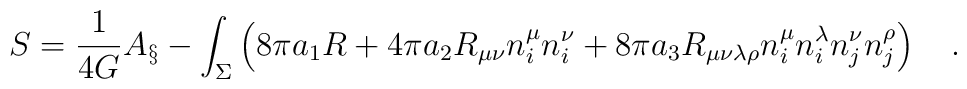
S={1 \over 4G} A_\S -\int_{\Sigma}\left( 8\pi a_1 R+ 4\pi a_2R_{\mu\nu}n^{\mu}_in^{\nu}_i+8\pi a_3 R_{\mu\nu\lambda\rho}n^{\mu}_in^{\lambda}_in^{\nu}_jn^{\rho}_j\right)~~~.